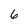
Character: 6